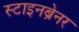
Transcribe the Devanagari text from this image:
स्टाइनब्रेनर